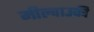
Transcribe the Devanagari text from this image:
मील्वाउकी